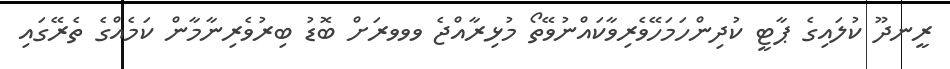
ރީނދޫ ކުލައިގެ ޕާޓީ ކުދިންހަމަހޭވެރިވާކައްނުވޭތޯ މުޅިރާއްޖެ ވވވރަށް ބޮޑު ބިރުވެރިނާމާން ކަމެއްގެ ތެރޭގައި